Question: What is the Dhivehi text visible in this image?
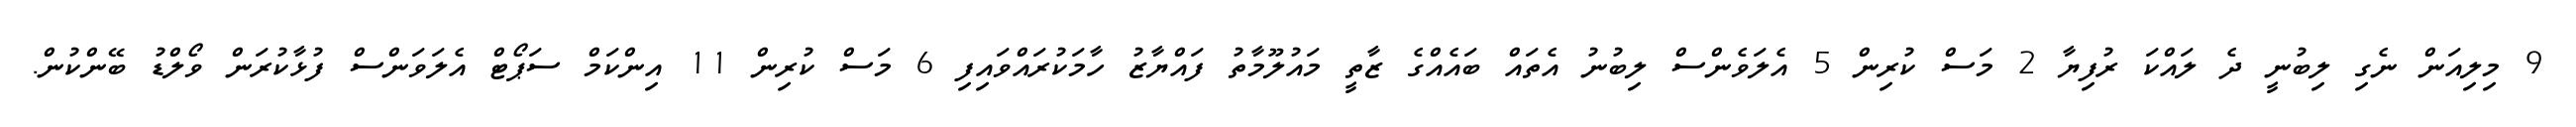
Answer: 9 މިލިއަން ނެގި ލިބުނީ ދެ ލައްކަ ރުފިޔާ 2 މަސް ކުރިން 5 އެލަވެންސް ލިބުނު އެތައް ބައެއްގެ ޒާތީ މައުލޫމާތު ފައްޔާޒު ހާމަކުރައްވައިފި 6 މަސް ކުރިން 11 އިންކަމް ސަޕޯޓް އެލަވަންސް ފުޅާކުރަން ވޯލްޑު ބޭންކުން.